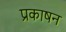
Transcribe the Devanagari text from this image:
प्रकाषन